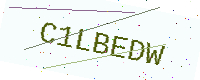
Text: C1LBEDW